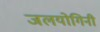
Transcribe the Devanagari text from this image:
जलयोगिनी